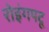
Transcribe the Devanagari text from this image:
रोइंगपटू